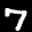
Label: 7